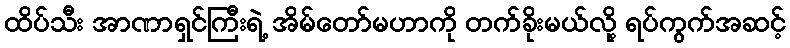
ထိပ်သီး အာဏာရှင်ကြီးရဲ့ အိမ်တော်မဟာကို တက်ခိုးမယ်လို့ ရပ်ကွက်အဆင့်